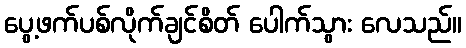
ပွေ့ဖက်ပစ်လိုက်ချင်စိတ် ပေါက်သွား လေသည်။